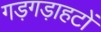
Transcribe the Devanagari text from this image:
गड़गड़ाहटों